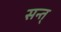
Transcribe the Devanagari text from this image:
सन्त्